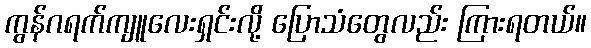
ကွန်ဂရက်ကျူလေးရှင်းလို့ ပြောသံတွေလည်း ကြားရတယ်။